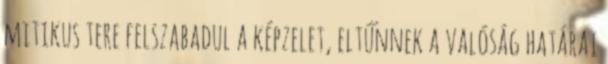
mitikus tere felszabadul a képzelet, eltűnnek a valóság határai